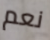
نعم